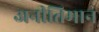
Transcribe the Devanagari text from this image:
अनीतिमान